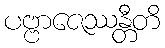
ပဗ္ဗာဇေဿန္တီတိ